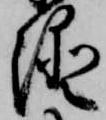
澄